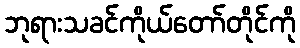
ဘုရားသခင်ကိုယ်တော်တိုင်ကို